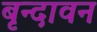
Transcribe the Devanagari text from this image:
बृन्दावन